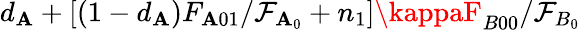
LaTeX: d_{\mathbf{A}}+[(1-d_{\mathbf{A}})F_{\mathbf{A}01}/\mathcal{{F}}_{\mathbf{A}_{0}}+n_{1}]\kappaF_{B00}/\mathcal{{F}}_{B_{0}}